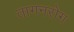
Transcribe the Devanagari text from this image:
तागनरोग